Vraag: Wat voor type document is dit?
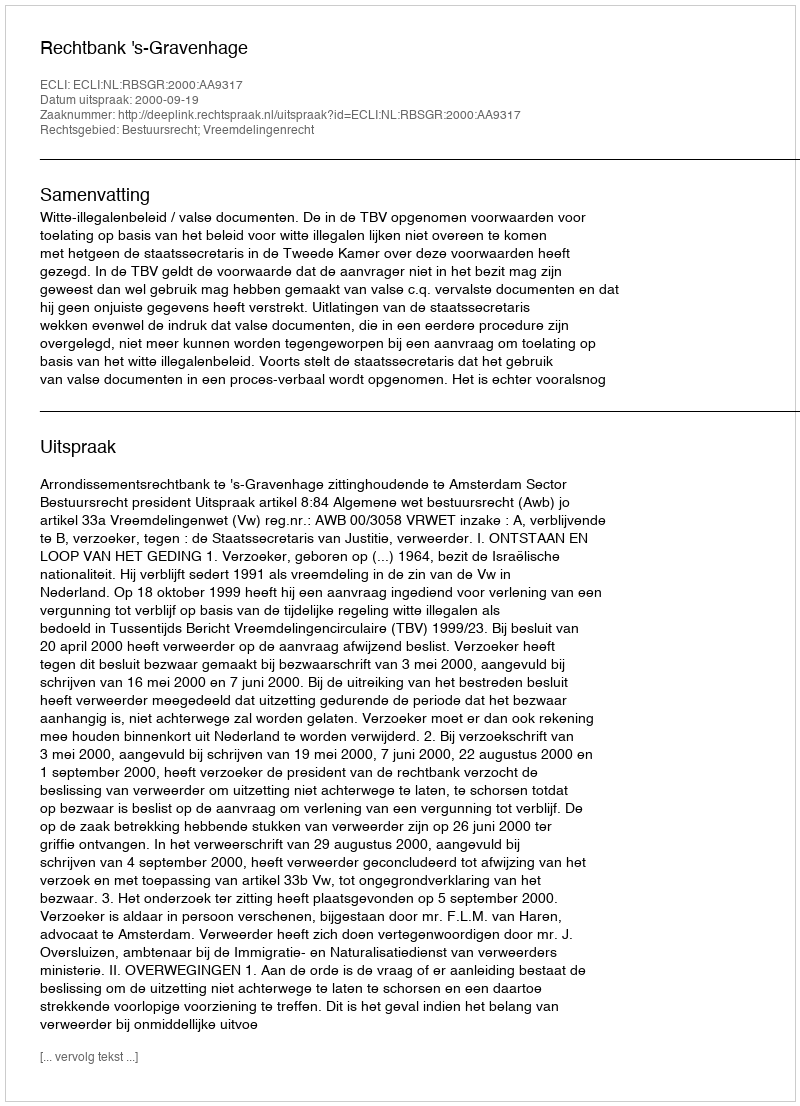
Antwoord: Uitspraak